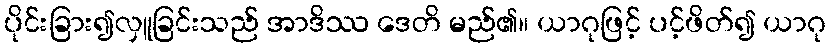
ပိုင်းခြား၍လှူခြင်းသည် အာဒိဿ ဒေတိ မည်၏။ ယာဂုဖြင့် ပင့်ဖိတ်၍ ယာဂု